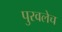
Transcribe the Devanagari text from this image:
पुरवलेच